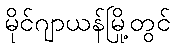
မိုင်ဂျာယန်မြို့တွင်